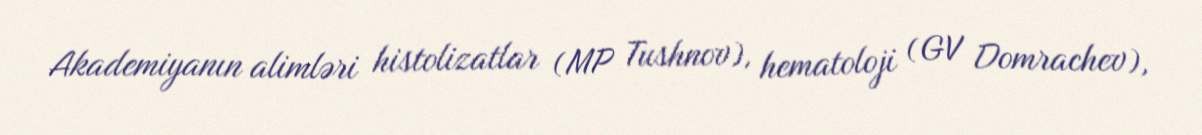
Akademiyanın alimləri histolizatlar (MP Tushnov), hematoloji (GV Domrachev),